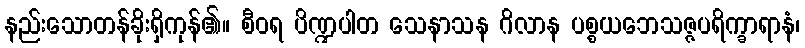
နည်းသောတန်ခိုးရှိကုန်၏။ စီဝရ ပိဏ္ဍပါတ သေနာသန ဂိလာန ပစ္စယဘေသဇ္ဇပရိက္ခာရာနံ၊